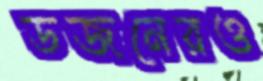
ডজনেরও